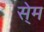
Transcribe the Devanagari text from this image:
से्म